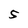
Character: 5